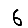
Digit: 6